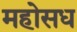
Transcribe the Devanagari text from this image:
महोसध